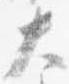
大